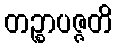
တဉ္စာပဇ္ဇတိ